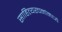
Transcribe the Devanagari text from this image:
साहित्यरचनांमध्ये